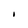
Character: I